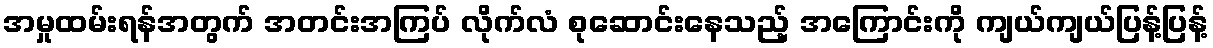
အမှုထမ်းရန်အတွက် အတင်းအကြပ် လိုက်လံ စုဆောင်းနေသည့် အကြောင်းကို ကျယ်ကျယ်ပြန့်ပြန့်